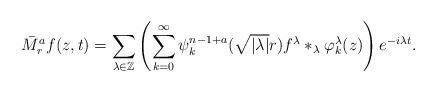
LaTeX: \begin{align*}\bar{M}^a_r f(z,t)=\sum_{\lambda\in\mathbb{Z}}\left(\sum^\infty_{k=0}\psi^{n-1+a}_k(\sqrt{|\lambda|}r)f^{\lambda}\ast_{\lambda}\varphi^\lambda_k(z)\right)e^{-i\lambda t}.\end{align*}